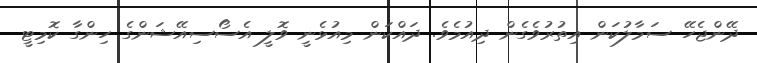
ދޭންޖެހޭ ސަމާލުކަން އިތުރުވެގެން ދިއުމެވެ. ދައްކަން މިއުޅެނީ ވޮލީ އެސޯސިއޭޝަންގެ ހިންގާ ކޮމިޓީ